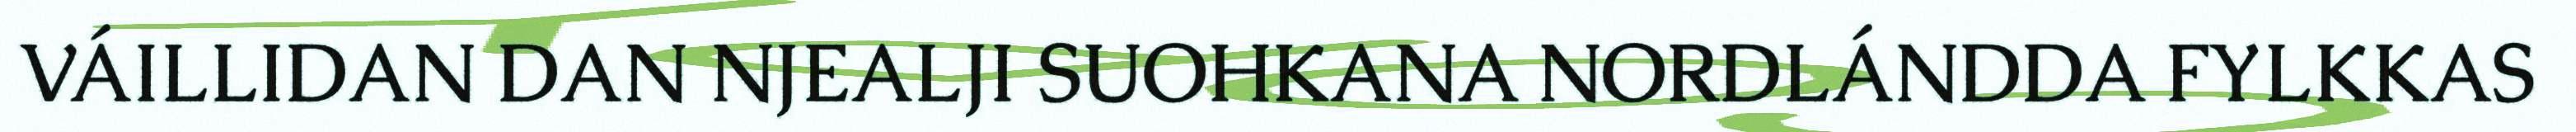
VÁILLIDAN DAN NJEALJI SUOHKANA NORDLÁNDDA FYLKKAS